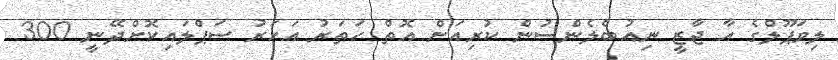
ލިވަޕޫލްގެ އާ ޖާޒީ ނިއުބެލެންސުން ކުރިއަށް އޮތް ހަތަރު އަހަރު ސަޕްލައިކޮށްދޭނީ 300